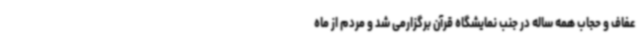
عفاف و حجاب همه ساله در جنب نمایشگاه قرآن برگزارمی شد و مردم از ماه